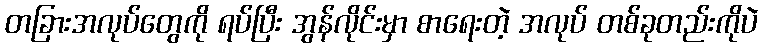
တခြားအလုပ်တွေကို ရပ်ပြီး အွန်လိုင်းမှာ စာရေးတဲ့ အလုပ် တစ်ခုတည်းကိုပဲ